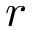
r